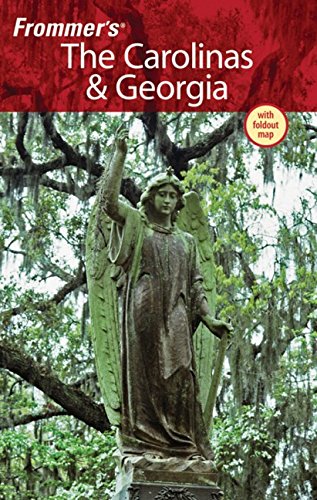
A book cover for Frommer's The Carolinas and Georgia (Frommer's Complete Guides); Darwin Porter; Travel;